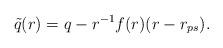
LaTeX: \begin{align*}\tilde q (r) = q - r^{-1} f(r)(r-r_{ps}).\end{align*}